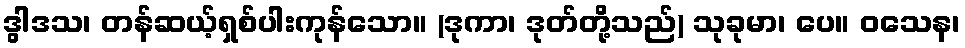
ဒွါဒသ၊ တန်ဆယ့်ရှစ်ပါးကုန်သော။ (ဒုကာ၊ ဒုတ်တို့သည်) သုခုမာ၊ ပေ။ ဝသေန၊